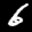
Label: 6